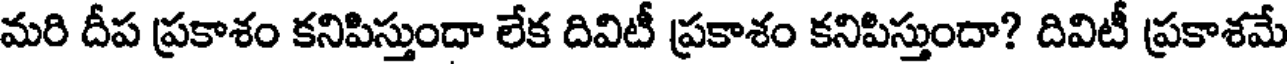
మరి దీప ప్రకాశం కనిపిస్తుందా లేక దివిటీ ప్రకాశం కనిపిస్తుందా? దివిటీ ప్రకాశమే